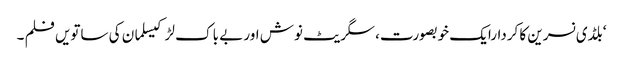
‘بلڈی نسرین کا کردارایک خوبصورت، سگریٹ نوش اور بے باک لڑکیسلمان کی ساتویں فلم ۔